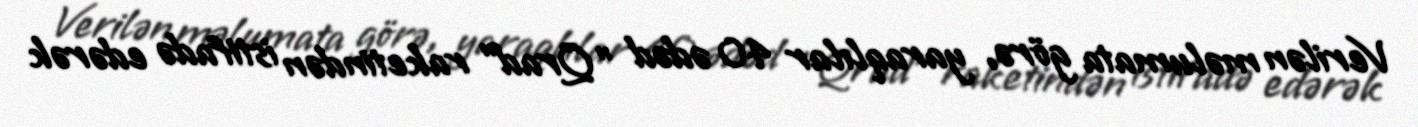
Verilən məlumata görə, yaraqlılar 40 ədəd "Qrad" raketindən istifadə edərək